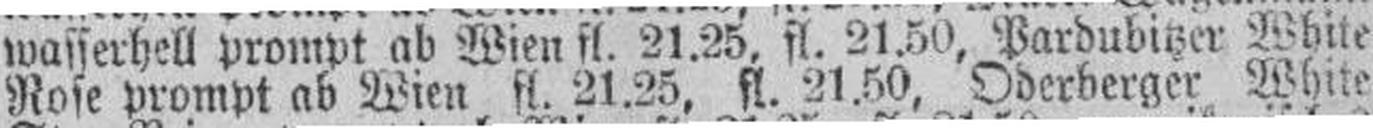
Rose prompt ab Wien fl. 21.25, fl. 21.50, Oderberger White